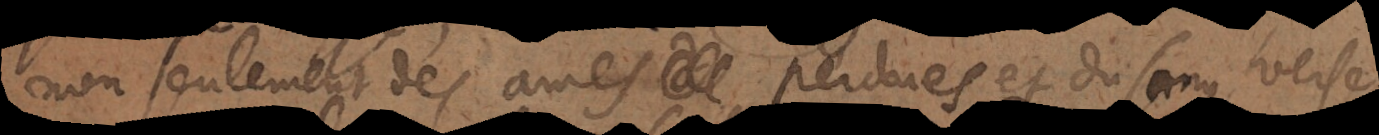
non seulement des ames perdues et du sang versé,